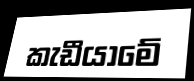
කැඩීයාමේ